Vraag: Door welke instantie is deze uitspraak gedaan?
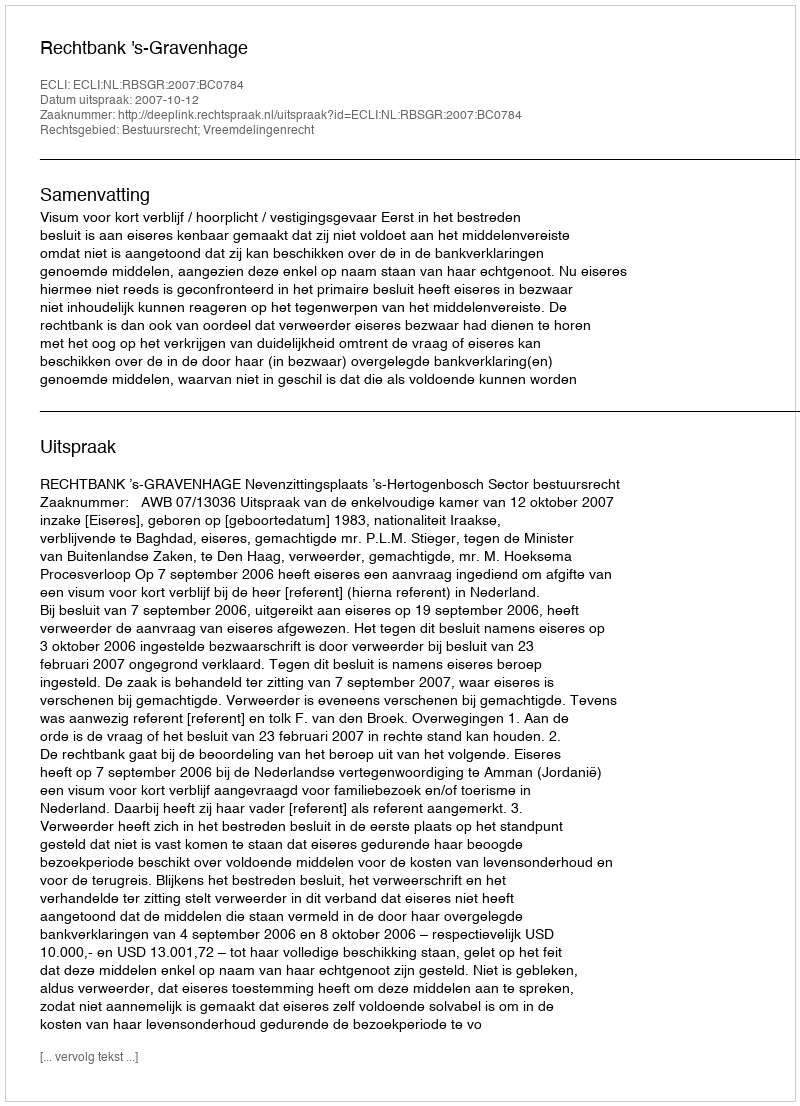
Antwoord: Rechtbank 's-Gravenhage